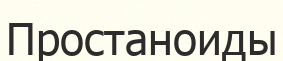
Простаноиды